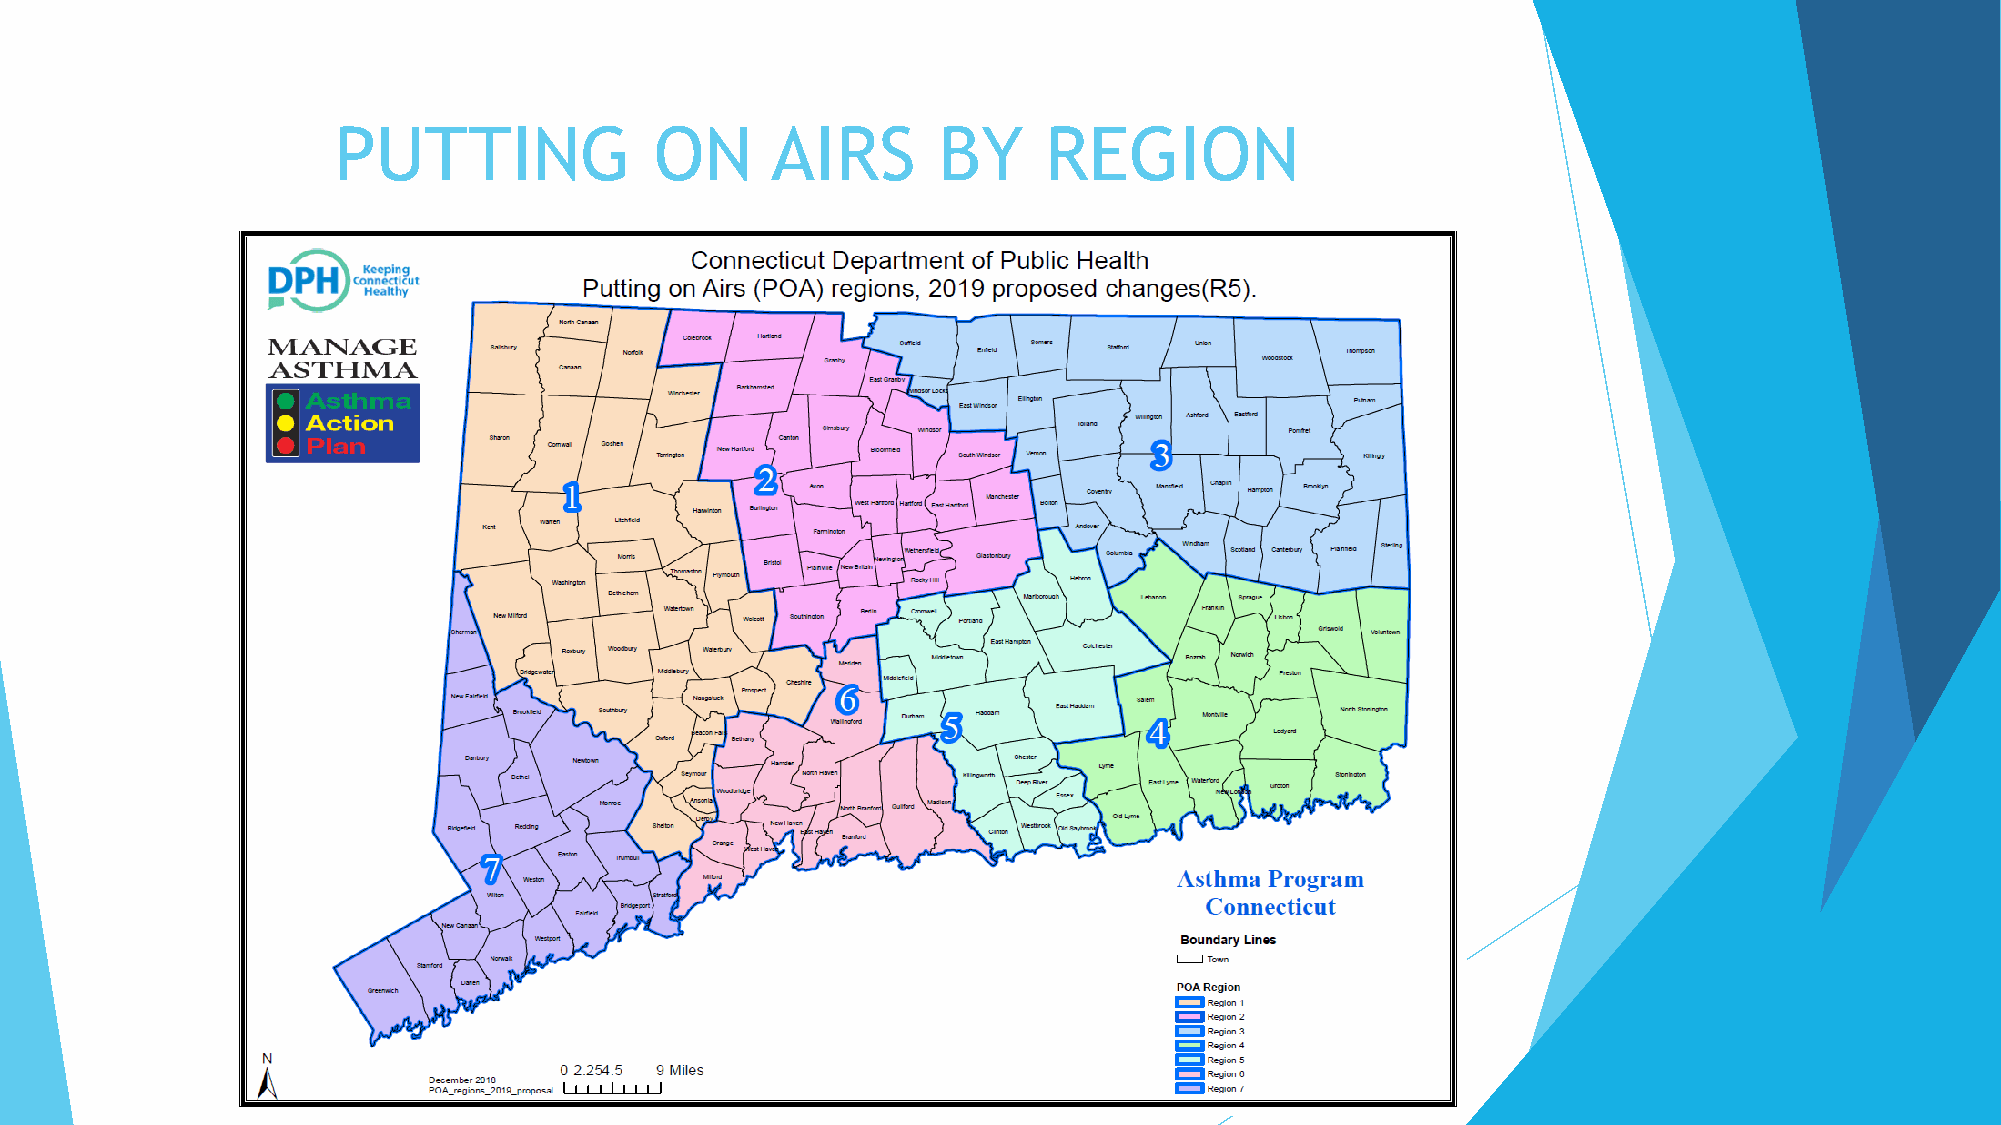
PUTTING              ON      AIRS       BY     REGION